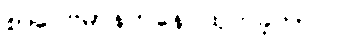
စာပေဗိမာန်ကနေ ထုတ်ခဲ့တာပါ။